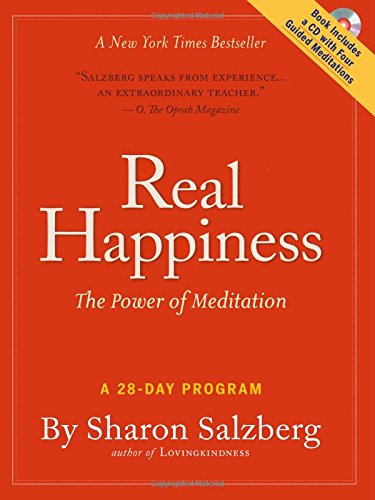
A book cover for Real Happiness: The Power of Meditation: A 28-Day Program; Sharon Salzberg; Self-Help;